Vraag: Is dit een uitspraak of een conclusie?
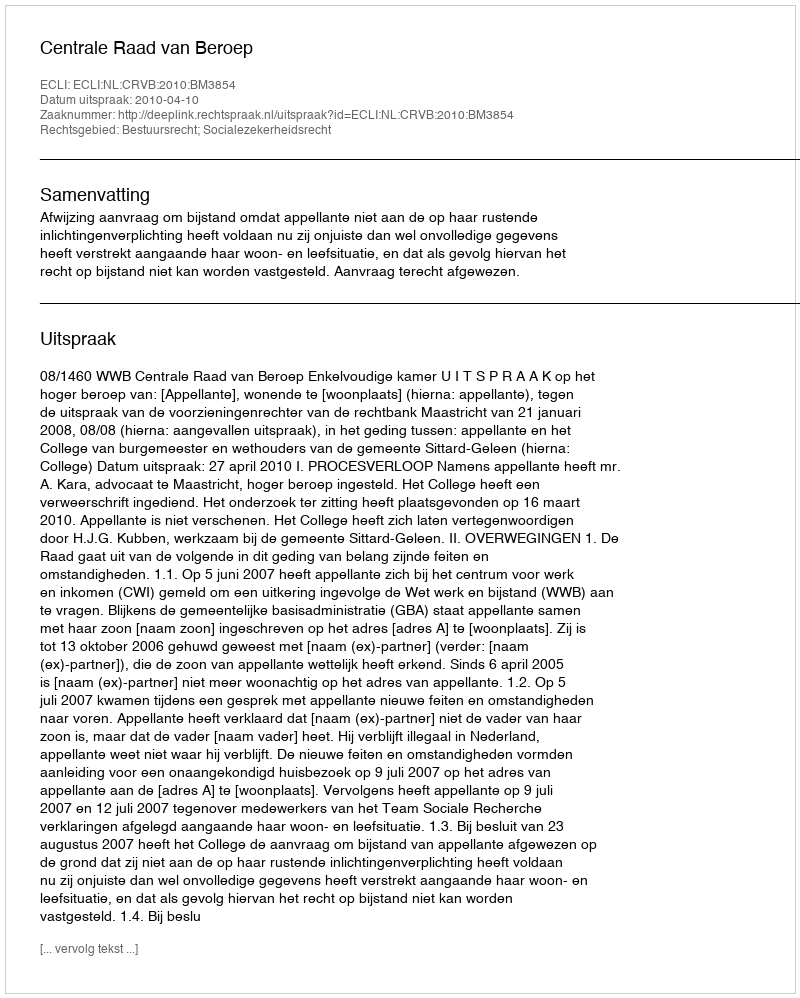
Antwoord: Uitspraak